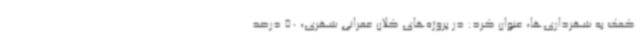
کمک به شهرداری‌ها، عنوان کرد: در پروژه‌های کلان عمرانی شهری، 50 درصد